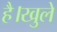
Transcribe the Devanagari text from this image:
है।खुले